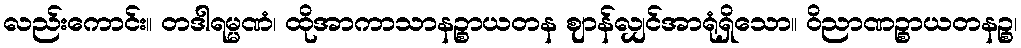
လည်းကောင်း။ တဒါရမ္မဏံ၊ ထိုအာကာသာနဉ္စာယတန ဈာန်လျှင်အာရုံရှိသော။ ဝိညာဏဉ္စာယတနဉ္စ၊